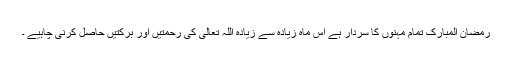
رمضان المبارک تمام مہنوں کا سردار ہے اس ماہ زیادہ سے زیادہ اللہ تعالیٰ کی رحمتیں اور برکتیں حاصل کرنی چاہیے ۔